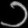
Digit: ၁